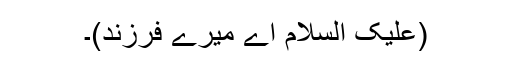
(علیک السلام اے میرے فرزند)۔